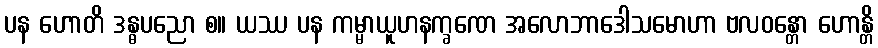
ပန ဟောတိ ဒန္ဓပညော စ။ ယဿ ပန ကမ္မာယူဟနက္ခဏေ အလောဘာဒေါသမောဟာ ဗလဝန္တော ဟောန္တိ